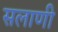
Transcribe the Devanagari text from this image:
सलाणी